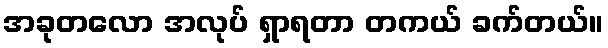
အခုတလော အလုပ် ရှာရတာ တကယ် ခက်တယ်။